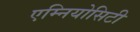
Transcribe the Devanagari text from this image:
एम्नियोसिटी